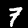
Label: 7